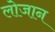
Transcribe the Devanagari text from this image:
लोजान